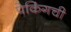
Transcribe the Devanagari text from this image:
पेकिंगची